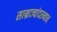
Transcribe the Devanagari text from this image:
साम्राज्यांदरम्यान